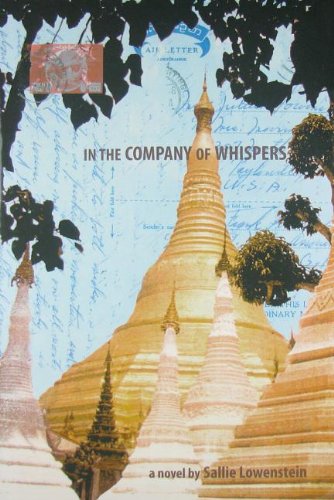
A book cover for In the Company of Whispers; Sallie Lowenstein; Teen & Young Adult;